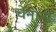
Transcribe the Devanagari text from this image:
चेनानी